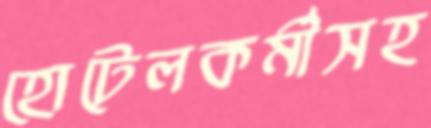
হোটেলকর্মীসহ